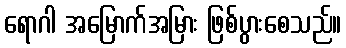
ရောဂါ အမြောက်အမြား ဖြစ်ပွားစေသည်။